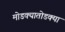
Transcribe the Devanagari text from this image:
मोडक्यातोडक्या